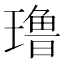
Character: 𰢑